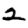
Digit: 2